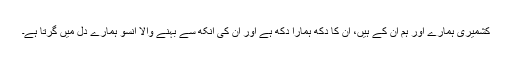
کشمیری ہمارے اور ہم ان کے ہیں، ان کا دکھ ہمارا دکھ ہے اور ان کی آنکھ سے بہنے والا آنسو ہمارے دل میں گرتا ہے۔